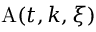
\mathrm { A } ( t , k , \xi )